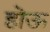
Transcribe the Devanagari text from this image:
हॊऊ